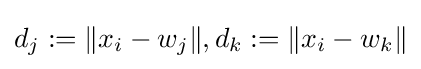
d_{j}:=\|x_{i}-w_{j}\|,d_{k}:=\|x_{i}-w_{k}\|